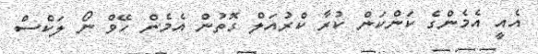
އެއީ އެމެންގެ ކަންކަން ކުރާ ކްރުއަލް ގޮތުން އެމެން ހޭވް ނޯ ލަކްސް